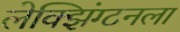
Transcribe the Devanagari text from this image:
लेक्झिंग्टनला